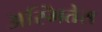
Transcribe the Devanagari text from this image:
अस्मितेस